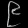
Digit: ၉